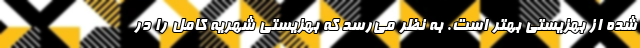
شده از بهزیستی بهتر است. به نظر می‌رسد که بهزیستی شهریه کامل را در